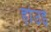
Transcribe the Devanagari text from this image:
होउई